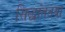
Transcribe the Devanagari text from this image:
सिद्धांततया